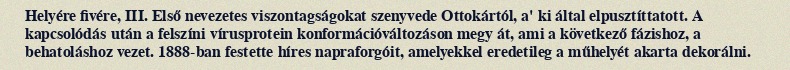
Helyére fivére, III. Első nevezetes viszontagságokat szenyvede Ottokártól, a' ki által elpusztíttatott. A kapcsolódás után a felszíni vírusprotein konformációváltozáson megy át, ami a következő fázishoz, a behatoláshoz vezet. 1888-ban festette híres napraforgóit, amelyekkel eredetileg a műhelyét akarta dekorálni.